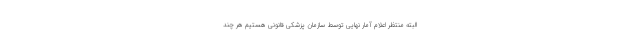
البته منتظر اعلام آمار نهایی توسط سازمان پزشکی قانونی هستیم هر چند